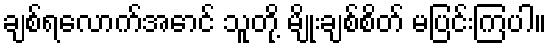
ချစ်ရလောက်အောင် သူတို့ မျိုးချစ်စိတ် မပြင်းကြပါ။